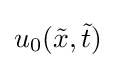
u_{0}({\tilde {x}},{\tilde {t}})